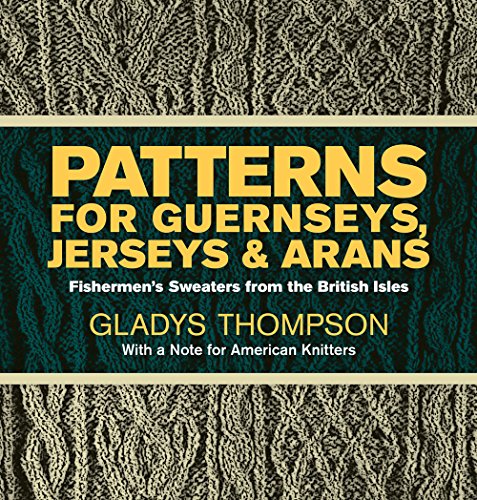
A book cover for Patterns for Guernseys, Jerseys, and Arans: Fishermen's Sweaters from the British Isles; Gladys Thompson; Crafts, Hobbies & Home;